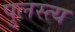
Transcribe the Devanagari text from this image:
पुलस्‍त्‍य